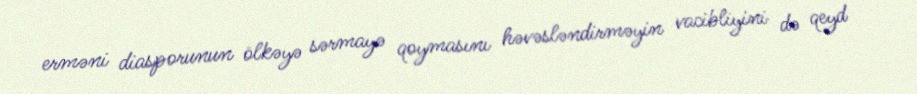
erməni diasporunun ölkəyə sərmayə qoymasını həvəsləndirməyin vacibliyini də qeyd